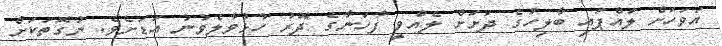
އަވަހަށް ލައްޕައި ބާލިހުގެ ދަށަށް ލެއްވީ ފާހަނާގެ ދޮރު ހުޅުވާލެވުނު އަޑަށެވެ. ނުގޮތަކަށް